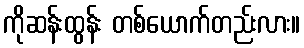
ကိုဆန်းထွန်း တစ်ယောက်တည်းလား။